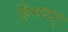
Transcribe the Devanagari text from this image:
हिमवत्